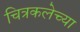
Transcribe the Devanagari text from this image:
चित्रकलेच्‍या